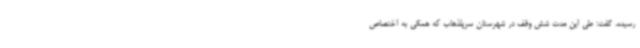
رسیده، گفت: طی این مدت شش وقف در شهرستان سرپلذهاب که همگی به اختصاص